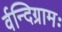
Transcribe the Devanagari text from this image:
र्वन्दिग्रामः